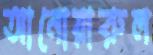
আনোয়ারুল